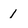
Character: 1